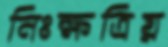
নিঃক্ষত্রিয়